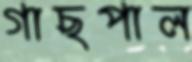
গাছপাল